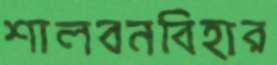
শালবনবিহার